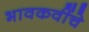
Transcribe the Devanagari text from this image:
भावकवींचे